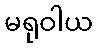
မရုဝါယ